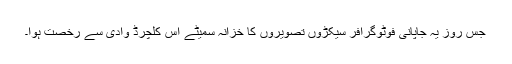
جس روز یہ جاپانی فوٹوگرافر سیکڑوں تصویروں کا خزانہ سمیٹے اُس کلچرڈ وادی سے رُخصت ہوا۔